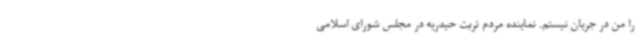
را من در جریان نیستم. نماینده مردم تربت حیدریه در مجلس شورای اسلامی